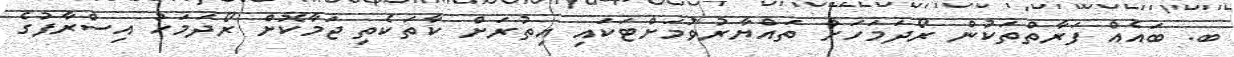
ބ. ބައެއް ފަރާތްތަކުން ރޯދަމަހަށް ތައްޔާރުވުމަށްޓަކައި އިތުރަށް ކާތަކެތި ޖަމާކޮށް ރޯދަމަހު އިސްރާފުގެ